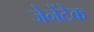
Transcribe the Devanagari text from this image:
जेनेंटेक